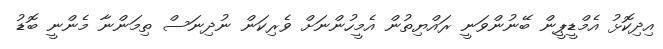
އިދިކޮޅު އެމްޑީޕީން ބޭނުންވަނީ ރައްޔިތުން އެމީހުންނަށް ވެރިކަން ނުދިނަސް ތިމަންނާ މެންނީ ބޮޑު